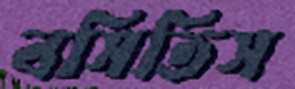
বসিতিস